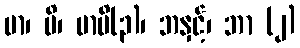
မာ၊ ပိ၊ မာပိ(၃)၊ ဘနှင့်၊ ဘာ (၂)